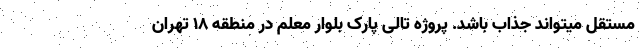
مستقل میتواند جذاب باشد. پروژه تالی پارک بلوار معلم در منطقه ۱۸ تهران